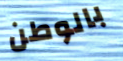
بالوطن